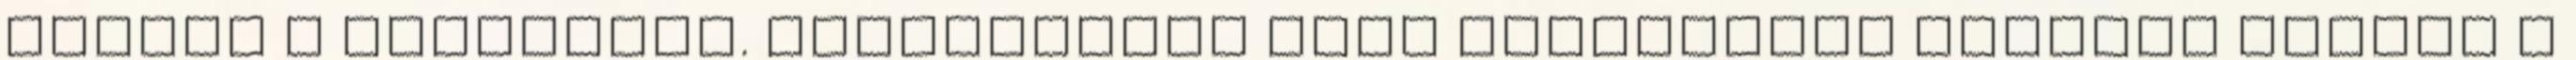
ezeket a zsírégető. Fogyasztása nagy mennyiségű koffein teremt a